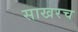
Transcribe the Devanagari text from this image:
साखरच